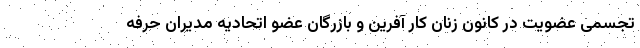
تجسمی عضویت در کانون زنان کار آفرین و بازرگان عضو اتحادیه مدیران حرفه